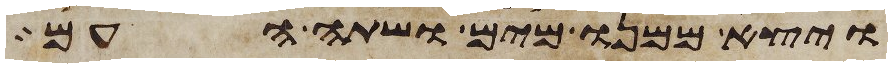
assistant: ויצא ממנו מים ושתה העם